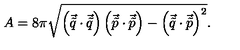
A = 8 \pi \sqrt { \left( \vec { \tilde { q } } \cdot \vec { \tilde { q } } \right) \left( \vec { \tilde { p } } \cdot \vec { \tilde { p } } \right) - \left( \vec { \tilde { q } } \cdot \vec { \tilde { p } } \right) ^ { 2 } } .